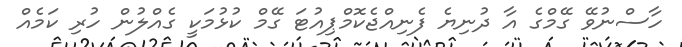
ހާސްނުވޭ ގޭމްގެ އާ ދުނިޔެ ފެނިއްޖެކޮމްޕިއުޓަ ގޭމް ކުޅުމަކީ ގެއްލުން ހުރި ކަމެއް